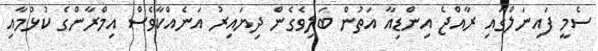
ސެމީ ފައިނަލްގައި ރާއްޖެ އިންޑިއާ އަތުން ބަލިވެގެން ދިޔައިރު އަނެއްކާވެސް އިމްރާންގެ ކުޅުމާއި